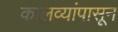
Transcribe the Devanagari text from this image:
कालव्यांपासून